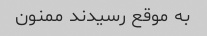
به موقع رسیدند ممنون